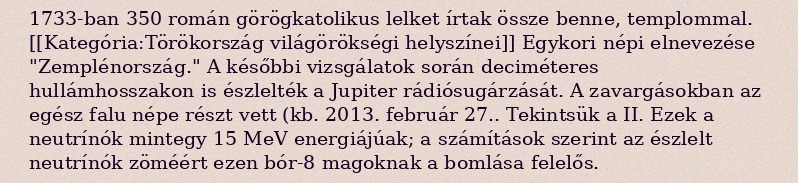
1733-ban 350 román görögkatolikus lelket írtak össze benne, templommal. [[Kategória:Törökország világörökségi helyszínei]] Egykori népi elnevezése "Zemplénország." A későbbi vizsgálatok során deciméteres hullámhosszakon is észlelték a Jupiter rádiósugárzását. A zavargásokban az egész falu népe részt vett (kb. 2013. február 27.. Tekintsük a II. Ezek a neutrínók mintegy 15 MeV energiájúak; a számítások szerint az észlelt neutrínók zöméért ezen bór-8 magoknak a bomlása felelős.